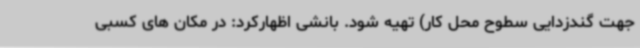
جهت گندزدایی سطوح محل کار) تهیه شود. بانشی اظهارکرد: در مکان های کسبی